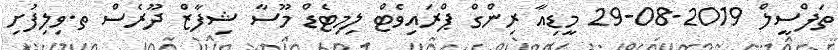
ތަފްސީލް 2019-08-29 މީޑިއާ ރިންގް ޕްރައިވެޓް ލިމިޓެޑް މޫސާ ޝިފާޒް ދޫރެސް ތ.ވިލިފުށި